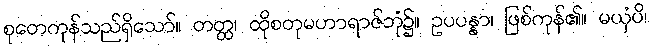
စုတေကုန်သည်ရှိသော်။ တတ္ထ၊ ထိုစတုမဟာရာဇ်ဘုံ၌။ ဥပပန္နာ၊ ဖြစ်ကုန်၏။ မယှံပိ၊